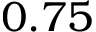
0 . 7 5